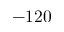
- 1 2 0